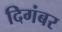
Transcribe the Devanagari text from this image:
दिगंबर